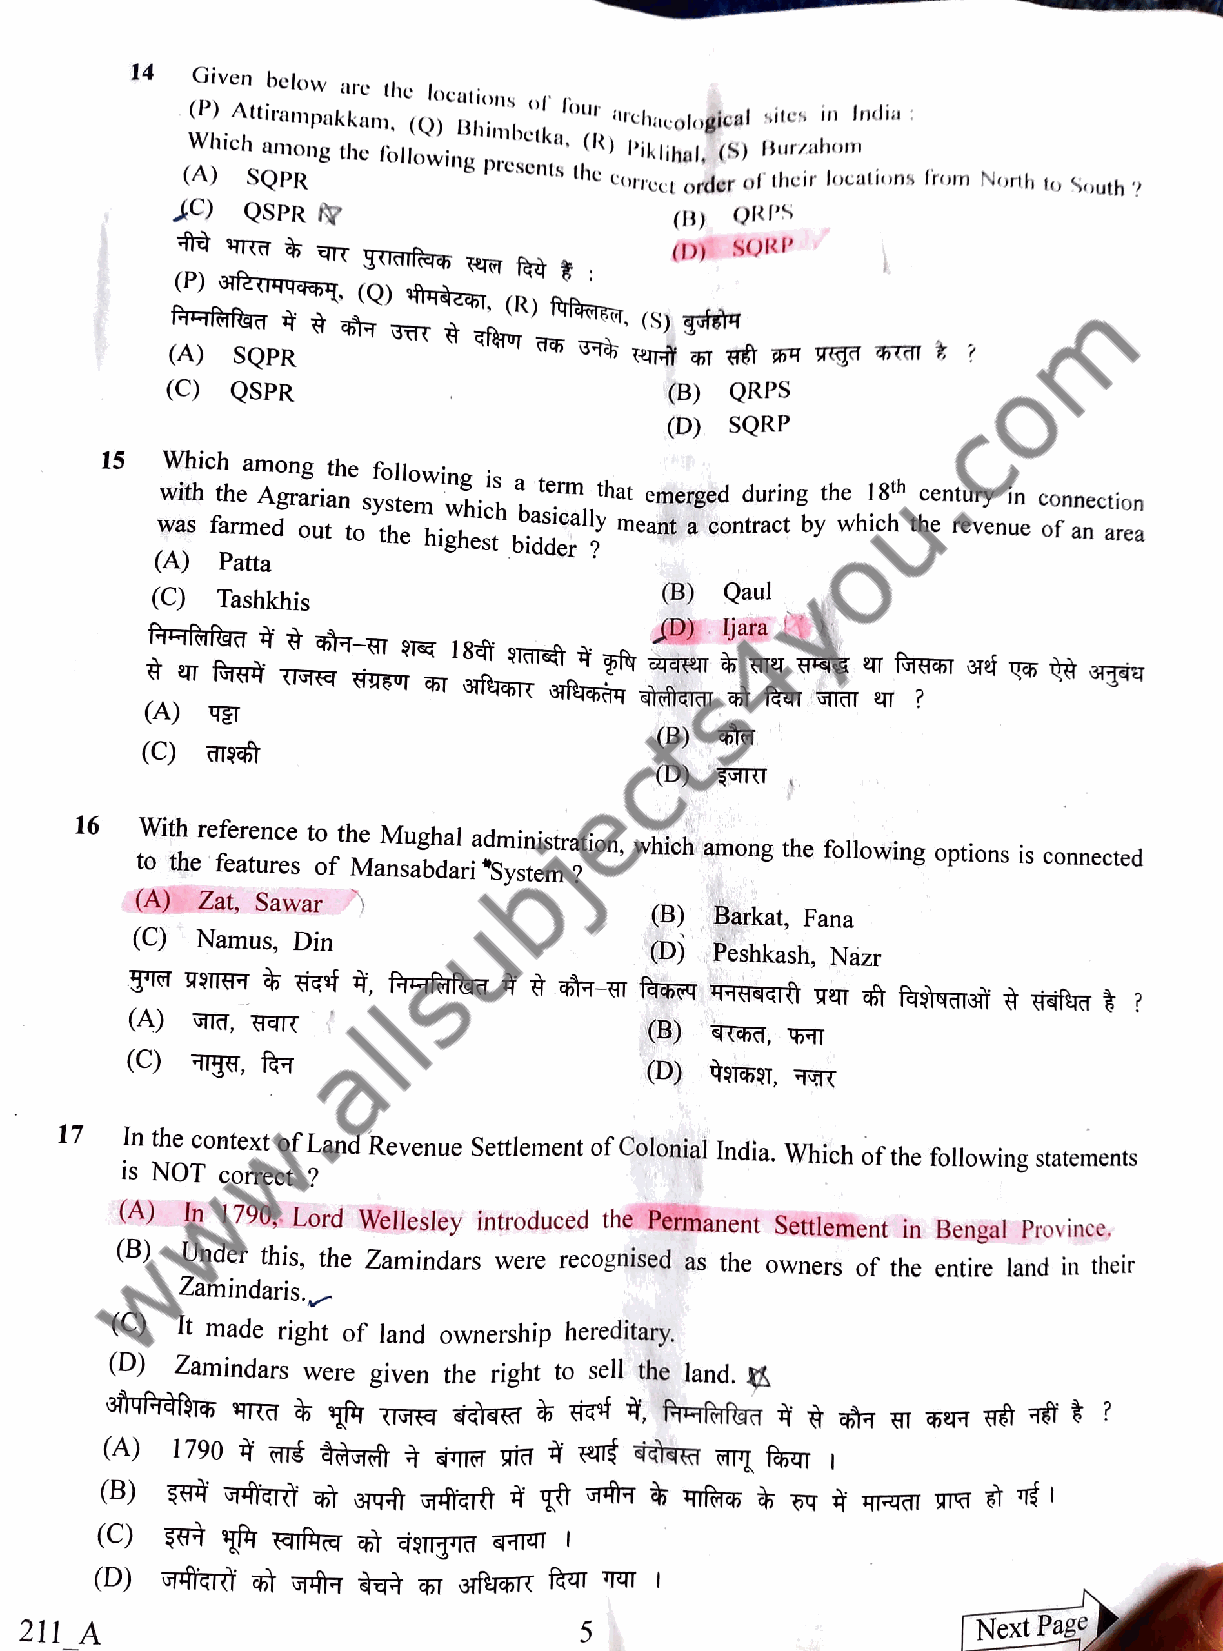
14  Given below
 are the locations
 (P) Attirampakkam. (Q) Bhimbeo tkf a, rchacological sites in India
 Which                      (R)
 among the following      Piklihal, (S) Burau
 (A) SQPR          "B pprreesseennttss tthhee ccoorrrreecctt aorrddeerr ooff nth ee ir locations Irom North to South ?
 J)   QSPR N
 (B) QRPs
 (D) SORP
 (P) feTaya5,
 (Q) tTeai,
 (R) fyfkMET,
 (8) gEa
 (A) SQPR
 (C) QSPR                         (B) QRPS
 (D) SQRP
 15  Which
 among the following
 is
 With the Agrarian system which a b at se ir cm al lyth at emer ag ed during the 18" century in connection
 was farmed out to the highest  meant contract by which the revenue of an area
 bidder 2
 (A)  Patta
 (C) Tashkhis                      (B) Qaul
 D)   ljara
 (A) ET
 (B)
 (C)19
 (D) T
 16  With reference to the Mughal administration,
 which among the following options is connected
 to the features of Mansabdari System?
 (A) Zat, Sawar
 B)  Barkat, Fana
 (C) Namus, Din
 (D) Peshkash, Nazr
 (A) T,  FATR
 (B) T,   T
 C)   ,   f
 (D) tTT, TT
 17  In the context of Land Revenue Settlement of Colonial India. Which of the following statements
 is NOT correct ?
 (A) In 1790, Lord Wellesley introduced the Permanent Settlement in Bengal Province
 (B) Under this, the Zamindars were recognised as the owners of the entire land in their
 Zamindaris.
 ()It   made right of land ownership hereditary.
 (D)  Zamindars were given the right to sell the land.
 (A)
 (B)
 (C)
 (D)
 211_A                                5                         Next Page